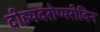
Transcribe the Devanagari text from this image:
दीह्यदरोप्यरीदिन